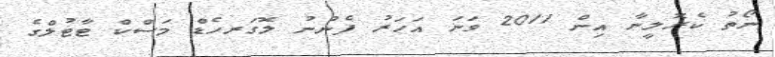
ނޯތު ކެރޮލީނާ އިން 2011 ވަނަ އަހަރު ފެނުނު ލޮގަރހެޑް މަސްކް ޓާޓުލްގެ